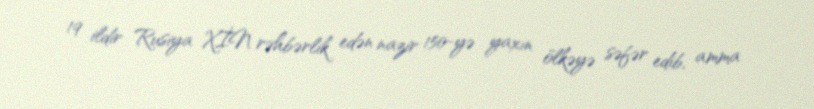
19 ildir Rusiya XİN rəhbərlik edən nazir 150-yə yaxın ölkəyə səfər edib, amma